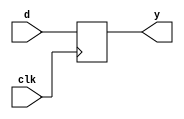
module PIPO(d,y,clk);
	input [3:0] d;
	input clk;
	output [3:0] y;
	
	always @(posedge clk)
	begin
		y = d;
	end

endmodule